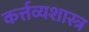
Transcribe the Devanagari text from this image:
कर्त्तव्यशास्त्र